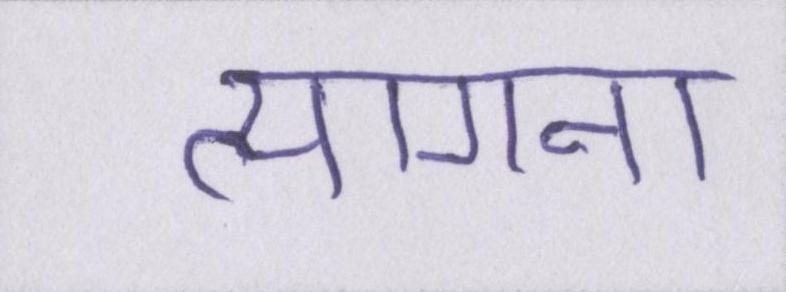
त्यागना